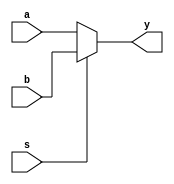
module mux2_1 (
input  [3:0]a,b,
input s,
output [3:0]y);

assign y=(s==0)?a:b;
endmodule